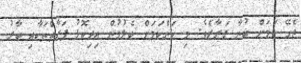
ޖެހޭ ކަމަށް ބުނާ ގަރާރެވެ. މި ކަންކަމަށް ބެލުމުން އިދިކޮޅު ފަރާތްތަކާއި ބާރު